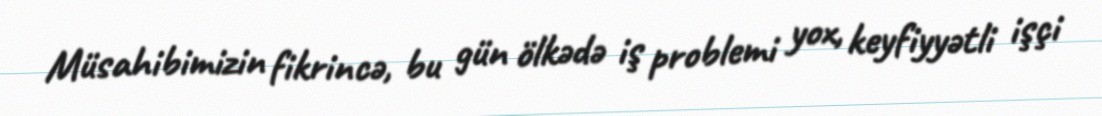
Müsahibimizin fikrincə, bu gün ölkədə iş problemi yox, keyfiyyətli işçi